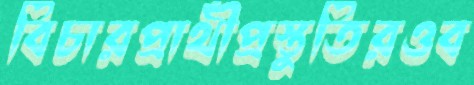
বিচারপ্রার্থীপ্রস্তুতিরওব